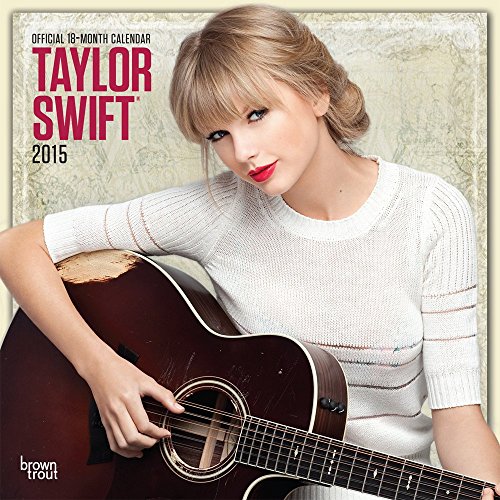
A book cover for Taylor Swift 2015 Square 12x12 (Multilingual Edition); BrownTrout; Calendars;